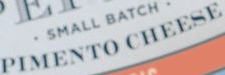
PIMENTO CHEESE